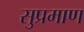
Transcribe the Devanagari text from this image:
सुप्रमाण